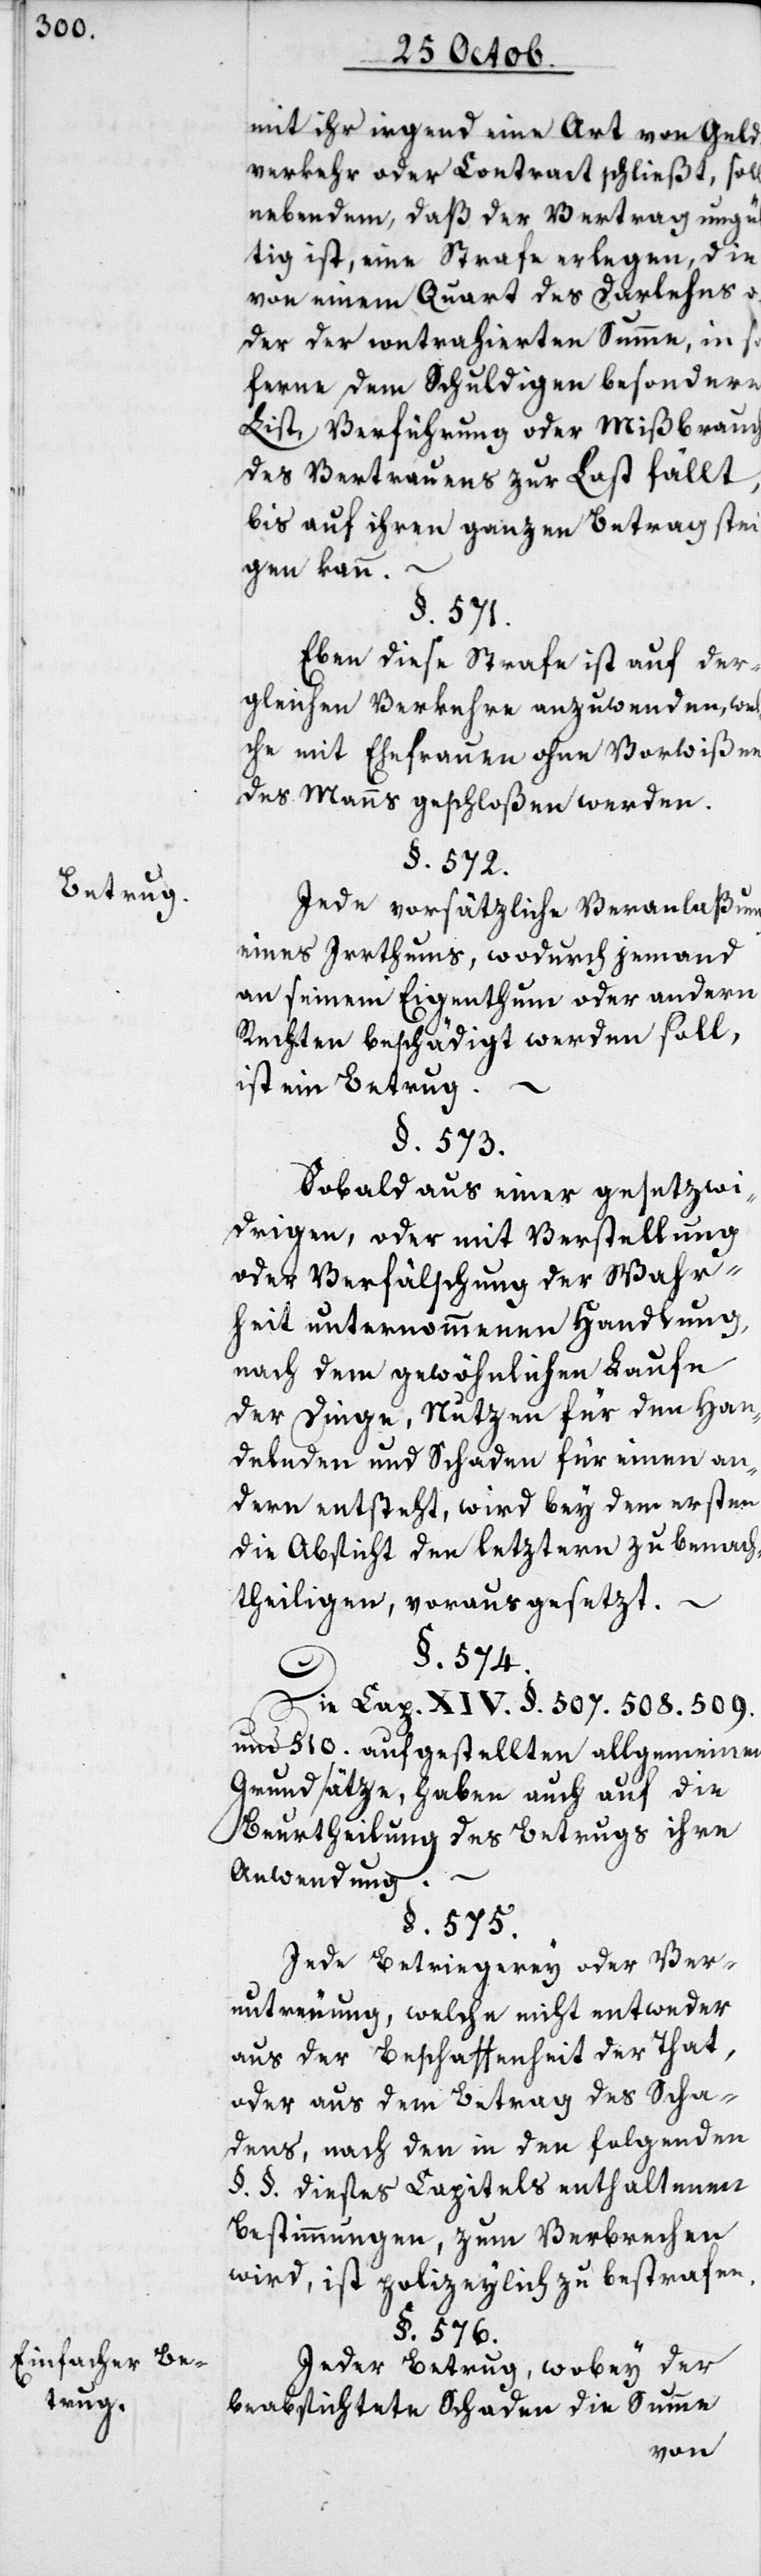
Betrug.
Einfacher Be¬
trug.

mit ihr irgend eine Art von Geld¬
verkehr oder Contract schließt, soll
neben dem, daß der Vertrag ungü¬
ltig ist, eine Strafe erlegen, die
von einem Quart des Darlehens
oder der contrahierten Summe, in so
ferne dem Schuldigen besondere
List, Verführung oder Mißbrauch
des Vertrauens zur Last fällt,
bis auf ihren ganzen Betrag stei¬
gen kann.
§. 571.
Eben diese Strafe ist auf der¬
gleichen Verkehre anzuwenden, wel¬
che mit Ehefrauen ohne Vorwißen
des Manns geschloßen werden.
§. 572.
Jede vorsätzliche Veranlaßung
eines Irrthums, wodurch jemand
an seinem Eigenthum oder andern
Rechten beschädigt werden soll,
ist ein Betrug.
§. 573.
Sobald aus einer gesetzwi¬
drigen oder mit Verstellung
oder Verfälschung der Wahr¬
heit unternohmenen Handlung,
nach dem gewöhnlichen Laufe
der Dinge, Nutzen für den Han¬
delnden und Schaden für einen an¬
dern entsteht, wird bey dem ersten
die Absicht des leztern zu benach¬
theiligen, vorausgesezt.
§. 574.
Die Cap. XIV. §. 507. 508. 509.
und 510. aufgestellten allgemeinen
Grundsätze, haben auch auf die
Beurtheilung des Betrugs ihre
Anwendung. –
§. 575.
Jede Betriegerey oder Ver¬
untreuung, welche nicht entweder
aus der Beschaffenheit der That,
oder aus dem Betrag des Scha¬
dens, nach den in den folgenden
§. §. dieses Capitels enthaltenen
Bestimmungen, zum Verbrechen
wird, ist polizeilich zu bestrafen.
§. 576.
Jeder Betrug, wobey der
beabsichtete Schaden die Summe